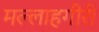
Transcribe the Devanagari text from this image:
मल्लाहगीरी